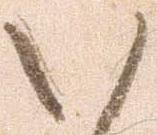
い